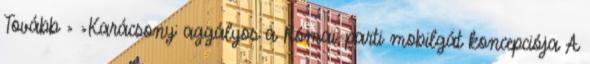
Tovább › ›Karácsony: aggályos a Római-parti mobilgát koncepciója A